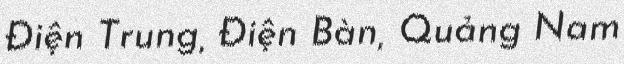
Điện Trung, Điện Bàn, Quảng Nam